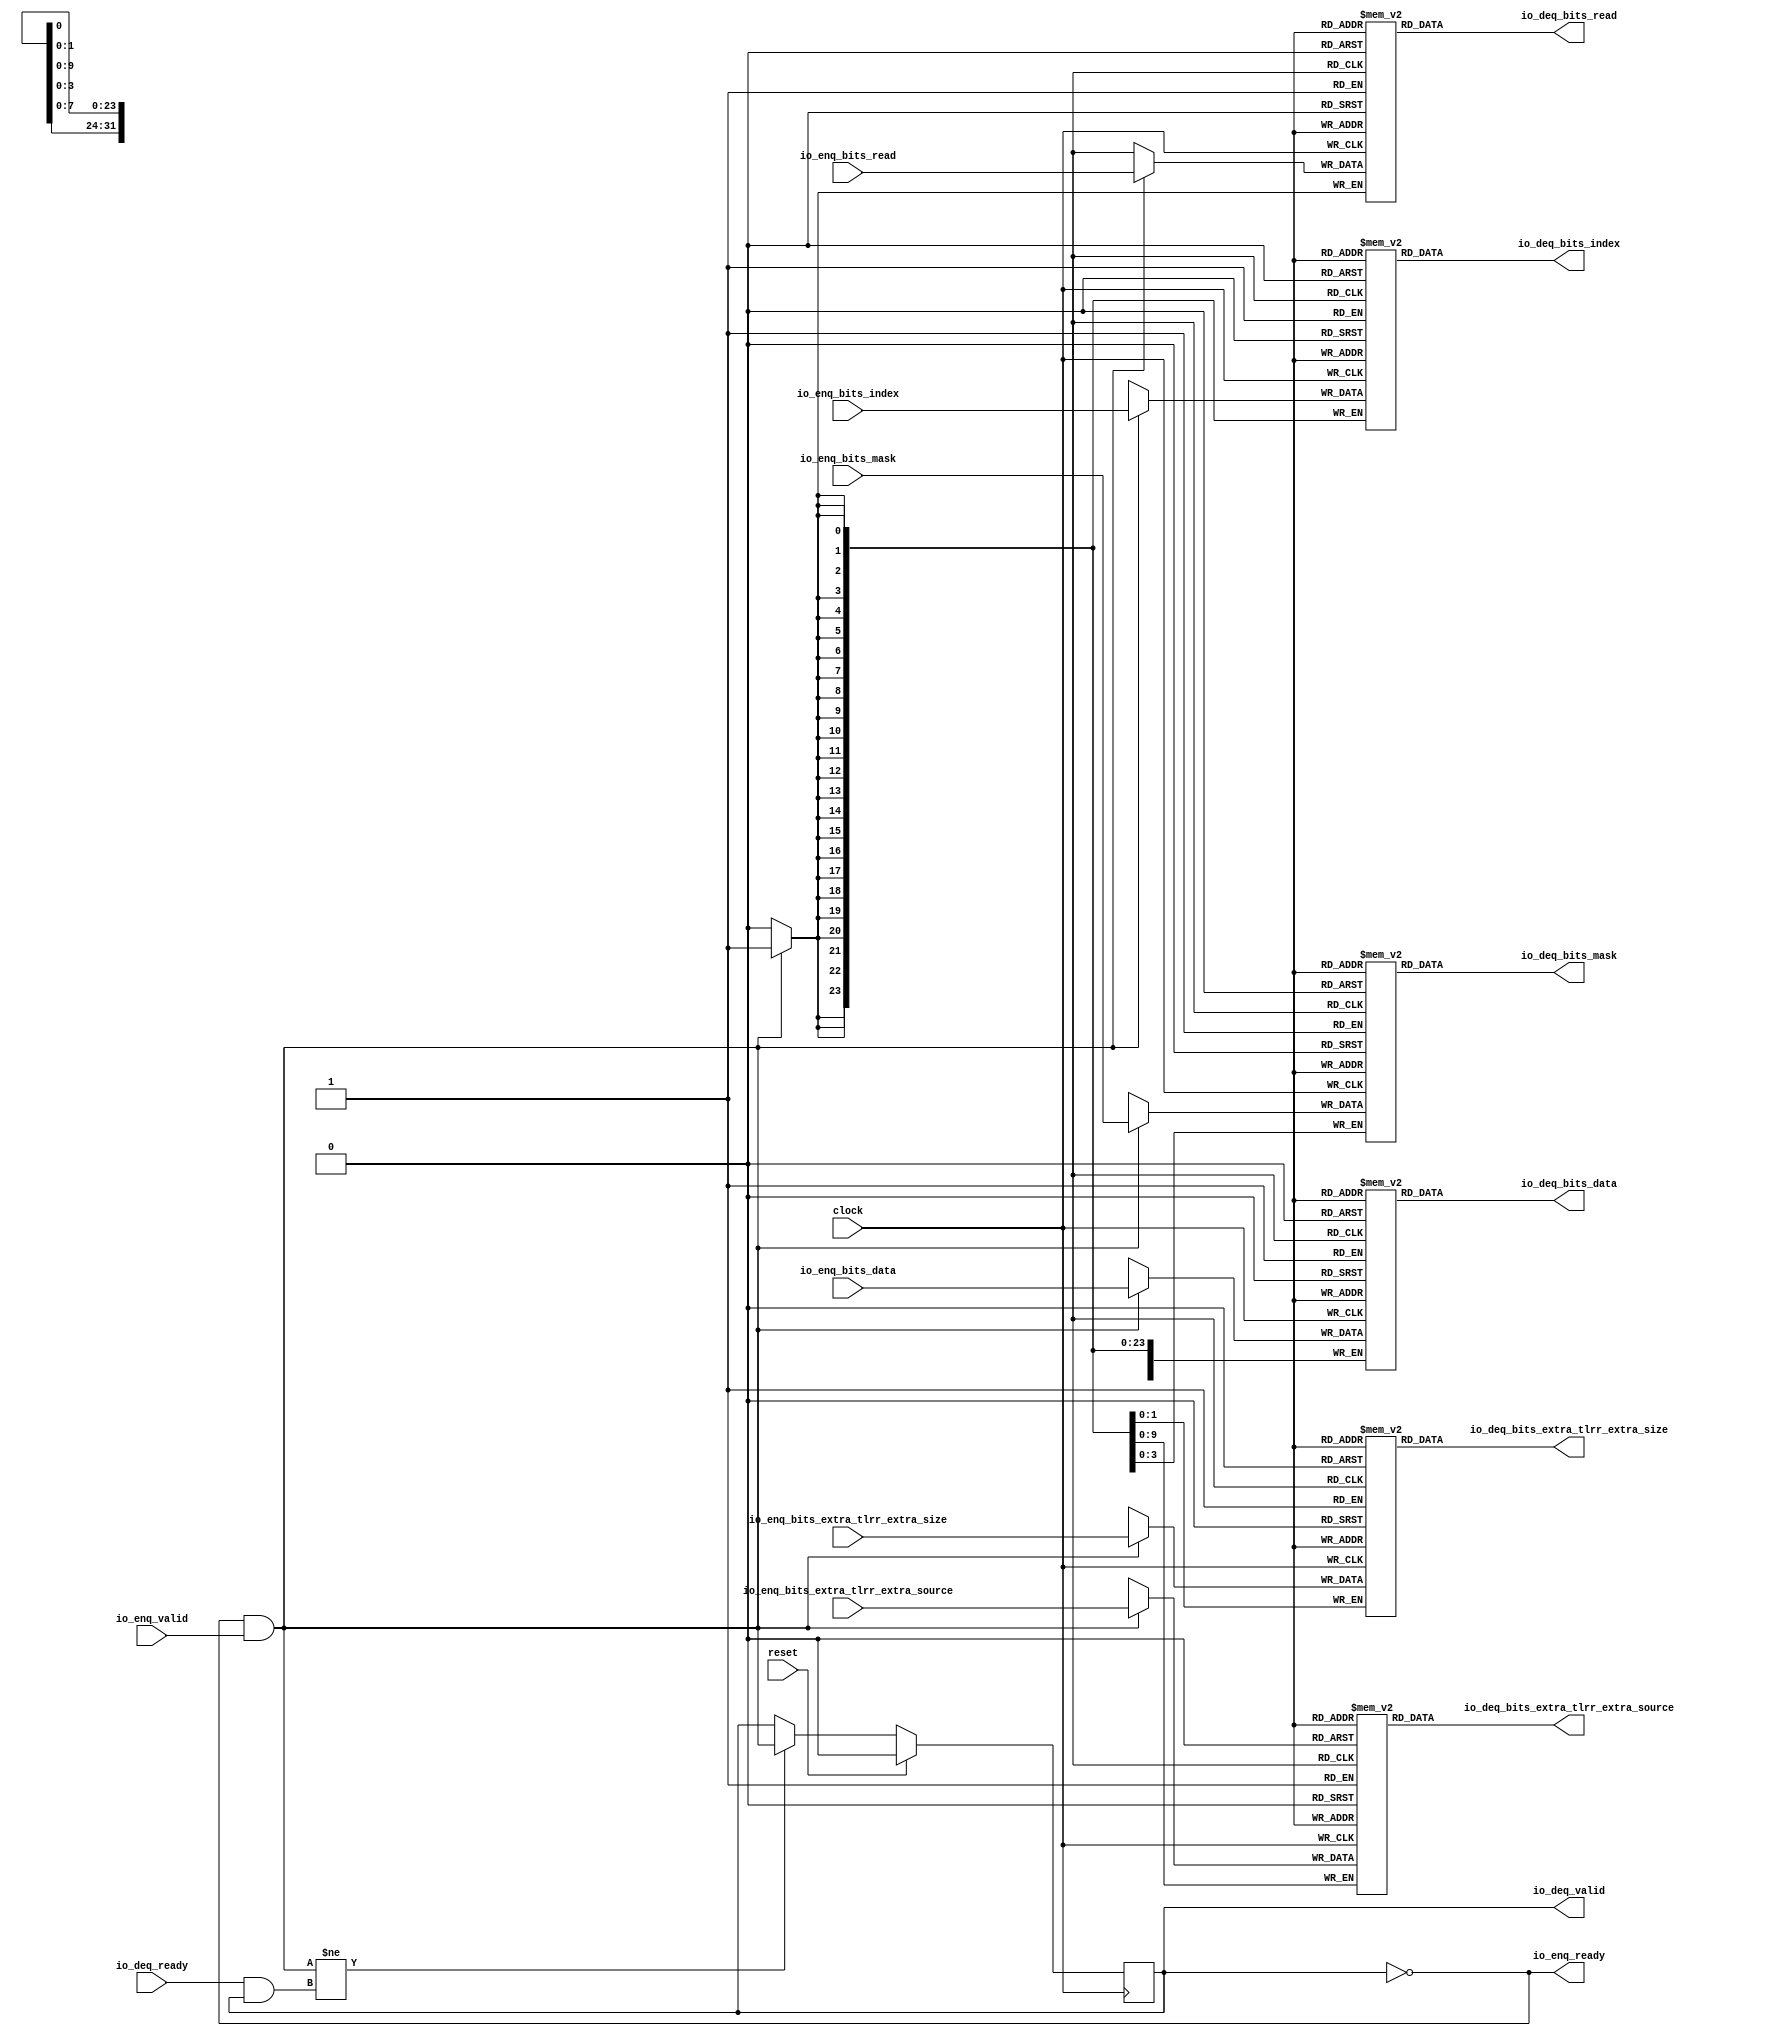
module Queue_32( // @[:freechips.rocketchip.system.DefaultRV32Config.fir@90410.2]
  input         clock, // @[:freechips.rocketchip.system.DefaultRV32Config.fir@90411.4]
  input         reset, // @[:freechips.rocketchip.system.DefaultRV32Config.fir@90412.4]
  output        io_enq_ready, // @[:freechips.rocketchip.system.DefaultRV32Config.fir@90413.4]
  input         io_enq_valid, // @[:freechips.rocketchip.system.DefaultRV32Config.fir@90413.4]
  input         io_enq_bits_read, // @[:freechips.rocketchip.system.DefaultRV32Config.fir@90413.4]
  input  [23:0] io_enq_bits_index, // @[:freechips.rocketchip.system.DefaultRV32Config.fir@90413.4]
  input  [31:0] io_enq_bits_data, // @[:freechips.rocketchip.system.DefaultRV32Config.fir@90413.4]
  input  [3:0]  io_enq_bits_mask, // @[:freechips.rocketchip.system.DefaultRV32Config.fir@90413.4]
  input  [9:0]  io_enq_bits_extra_tlrr_extra_source, // @[:freechips.rocketchip.system.DefaultRV32Config.fir@90413.4]
  input  [1:0]  io_enq_bits_extra_tlrr_extra_size, // @[:freechips.rocketchip.system.DefaultRV32Config.fir@90413.4]
  input         io_deq_ready, // @[:freechips.rocketchip.system.DefaultRV32Config.fir@90413.4]
  output        io_deq_valid, // @[:freechips.rocketchip.system.DefaultRV32Config.fir@90413.4]
  output        io_deq_bits_read, // @[:freechips.rocketchip.system.DefaultRV32Config.fir@90413.4]
  output [23:0] io_deq_bits_index, // @[:freechips.rocketchip.system.DefaultRV32Config.fir@90413.4]
  output [31:0] io_deq_bits_data, // @[:freechips.rocketchip.system.DefaultRV32Config.fir@90413.4]
  output [3:0]  io_deq_bits_mask, // @[:freechips.rocketchip.system.DefaultRV32Config.fir@90413.4]
  output [9:0]  io_deq_bits_extra_tlrr_extra_source, // @[:freechips.rocketchip.system.DefaultRV32Config.fir@90413.4]
  output [1:0]  io_deq_bits_extra_tlrr_extra_size // @[:freechips.rocketchip.system.DefaultRV32Config.fir@90413.4]
);
`ifdef RANDOMIZE_MEM_INIT
  reg [31:0] _RAND_0;
  reg [31:0] _RAND_1;
  reg [31:0] _RAND_2;
  reg [31:0] _RAND_3;
  reg [31:0] _RAND_4;
  reg [31:0] _RAND_5;
`endif // RANDOMIZE_MEM_INIT
`ifdef RANDOMIZE_REG_INIT
  reg [31:0] _RAND_6;
`endif // RANDOMIZE_REG_INIT
  reg  ram_read [0:0]; // @[Decoupled.scala 209:16:freechips.rocketchip.system.DefaultRV32Config.fir@90415.4]
  wire  ram_read__T_7_data; // @[Decoupled.scala 209:16:freechips.rocketchip.system.DefaultRV32Config.fir@90415.4]
  wire  ram_read__T_7_addr; // @[Decoupled.scala 209:16:freechips.rocketchip.system.DefaultRV32Config.fir@90415.4]
  wire  ram_read__T_3_data; // @[Decoupled.scala 209:16:freechips.rocketchip.system.DefaultRV32Config.fir@90415.4]
  wire  ram_read__T_3_addr; // @[Decoupled.scala 209:16:freechips.rocketchip.system.DefaultRV32Config.fir@90415.4]
  wire  ram_read__T_3_mask; // @[Decoupled.scala 209:16:freechips.rocketchip.system.DefaultRV32Config.fir@90415.4]
  wire  ram_read__T_3_en; // @[Decoupled.scala 209:16:freechips.rocketchip.system.DefaultRV32Config.fir@90415.4]
  reg [23:0] ram_index [0:0]; // @[Decoupled.scala 209:16:freechips.rocketchip.system.DefaultRV32Config.fir@90415.4]
  wire [23:0] ram_index__T_7_data; // @[Decoupled.scala 209:16:freechips.rocketchip.system.DefaultRV32Config.fir@90415.4]
  wire  ram_index__T_7_addr; // @[Decoupled.scala 209:16:freechips.rocketchip.system.DefaultRV32Config.fir@90415.4]
  wire [23:0] ram_index__T_3_data; // @[Decoupled.scala 209:16:freechips.rocketchip.system.DefaultRV32Config.fir@90415.4]
  wire  ram_index__T_3_addr; // @[Decoupled.scala 209:16:freechips.rocketchip.system.DefaultRV32Config.fir@90415.4]
  wire  ram_index__T_3_mask; // @[Decoupled.scala 209:16:freechips.rocketchip.system.DefaultRV32Config.fir@90415.4]
  wire  ram_index__T_3_en; // @[Decoupled.scala 209:16:freechips.rocketchip.system.DefaultRV32Config.fir@90415.4]
  reg [31:0] ram_data [0:0]; // @[Decoupled.scala 209:16:freechips.rocketchip.system.DefaultRV32Config.fir@90415.4]
  wire [31:0] ram_data__T_7_data; // @[Decoupled.scala 209:16:freechips.rocketchip.system.DefaultRV32Config.fir@90415.4]
  wire  ram_data__T_7_addr; // @[Decoupled.scala 209:16:freechips.rocketchip.system.DefaultRV32Config.fir@90415.4]
  wire [31:0] ram_data__T_3_data; // @[Decoupled.scala 209:16:freechips.rocketchip.system.DefaultRV32Config.fir@90415.4]
  wire  ram_data__T_3_addr; // @[Decoupled.scala 209:16:freechips.rocketchip.system.DefaultRV32Config.fir@90415.4]
  wire  ram_data__T_3_mask; // @[Decoupled.scala 209:16:freechips.rocketchip.system.DefaultRV32Config.fir@90415.4]
  wire  ram_data__T_3_en; // @[Decoupled.scala 209:16:freechips.rocketchip.system.DefaultRV32Config.fir@90415.4]
  reg [3:0] ram_mask [0:0]; // @[Decoupled.scala 209:16:freechips.rocketchip.system.DefaultRV32Config.fir@90415.4]
  wire [3:0] ram_mask__T_7_data; // @[Decoupled.scala 209:16:freechips.rocketchip.system.DefaultRV32Config.fir@90415.4]
  wire  ram_mask__T_7_addr; // @[Decoupled.scala 209:16:freechips.rocketchip.system.DefaultRV32Config.fir@90415.4]
  wire [3:0] ram_mask__T_3_data; // @[Decoupled.scala 209:16:freechips.rocketchip.system.DefaultRV32Config.fir@90415.4]
  wire  ram_mask__T_3_addr; // @[Decoupled.scala 209:16:freechips.rocketchip.system.DefaultRV32Config.fir@90415.4]
  wire  ram_mask__T_3_mask; // @[Decoupled.scala 209:16:freechips.rocketchip.system.DefaultRV32Config.fir@90415.4]
  wire  ram_mask__T_3_en; // @[Decoupled.scala 209:16:freechips.rocketchip.system.DefaultRV32Config.fir@90415.4]
  reg [9:0] ram_extra_tlrr_extra_source [0:0]; // @[Decoupled.scala 209:16:freechips.rocketchip.system.DefaultRV32Config.fir@90415.4]
  wire [9:0] ram_extra_tlrr_extra_source__T_7_data; // @[Decoupled.scala 209:16:freechips.rocketchip.system.DefaultRV32Config.fir@90415.4]
  wire  ram_extra_tlrr_extra_source__T_7_addr; // @[Decoupled.scala 209:16:freechips.rocketchip.system.DefaultRV32Config.fir@90415.4]
  wire [9:0] ram_extra_tlrr_extra_source__T_3_data; // @[Decoupled.scala 209:16:freechips.rocketchip.system.DefaultRV32Config.fir@90415.4]
  wire  ram_extra_tlrr_extra_source__T_3_addr; // @[Decoupled.scala 209:16:freechips.rocketchip.system.DefaultRV32Config.fir@90415.4]
  wire  ram_extra_tlrr_extra_source__T_3_mask; // @[Decoupled.scala 209:16:freechips.rocketchip.system.DefaultRV32Config.fir@90415.4]
  wire  ram_extra_tlrr_extra_source__T_3_en; // @[Decoupled.scala 209:16:freechips.rocketchip.system.DefaultRV32Config.fir@90415.4]
  reg [1:0] ram_extra_tlrr_extra_size [0:0]; // @[Decoupled.scala 209:16:freechips.rocketchip.system.DefaultRV32Config.fir@90415.4]
  wire [1:0] ram_extra_tlrr_extra_size__T_7_data; // @[Decoupled.scala 209:16:freechips.rocketchip.system.DefaultRV32Config.fir@90415.4]
  wire  ram_extra_tlrr_extra_size__T_7_addr; // @[Decoupled.scala 209:16:freechips.rocketchip.system.DefaultRV32Config.fir@90415.4]
  wire [1:0] ram_extra_tlrr_extra_size__T_3_data; // @[Decoupled.scala 209:16:freechips.rocketchip.system.DefaultRV32Config.fir@90415.4]
  wire  ram_extra_tlrr_extra_size__T_3_addr; // @[Decoupled.scala 209:16:freechips.rocketchip.system.DefaultRV32Config.fir@90415.4]
  wire  ram_extra_tlrr_extra_size__T_3_mask; // @[Decoupled.scala 209:16:freechips.rocketchip.system.DefaultRV32Config.fir@90415.4]
  wire  ram_extra_tlrr_extra_size__T_3_en; // @[Decoupled.scala 209:16:freechips.rocketchip.system.DefaultRV32Config.fir@90415.4]
  reg  maybe_full; // @[Decoupled.scala 212:27:freechips.rocketchip.system.DefaultRV32Config.fir@90416.4]
  wire  empty; // @[Decoupled.scala 215:28:freechips.rocketchip.system.DefaultRV32Config.fir@90418.4]
  wire  do_enq; // @[Decoupled.scala 40:37:freechips.rocketchip.system.DefaultRV32Config.fir@90421.4]
  wire  do_deq; // @[Decoupled.scala 40:37:freechips.rocketchip.system.DefaultRV32Config.fir@90424.4]
  wire  _T_4; // @[Decoupled.scala 227:16:freechips.rocketchip.system.DefaultRV32Config.fir@90438.4]
  assign ram_read__T_7_addr = 1'h0;
  assign ram_read__T_7_data = ram_read[ram_read__T_7_addr]; // @[Decoupled.scala 209:16:freechips.rocketchip.system.DefaultRV32Config.fir@90415.4]
  assign ram_read__T_3_data = io_enq_bits_read;
  assign ram_read__T_3_addr = 1'h0;
  assign ram_read__T_3_mask = 1'h1;
  assign ram_read__T_3_en = io_enq_ready & io_enq_valid;
  assign ram_index__T_7_addr = 1'h0;
  assign ram_index__T_7_data = ram_index[ram_index__T_7_addr]; // @[Decoupled.scala 209:16:freechips.rocketchip.system.DefaultRV32Config.fir@90415.4]
  assign ram_index__T_3_data = io_enq_bits_index;
  assign ram_index__T_3_addr = 1'h0;
  assign ram_index__T_3_mask = 1'h1;
  assign ram_index__T_3_en = io_enq_ready & io_enq_valid;
  assign ram_data__T_7_addr = 1'h0;
  assign ram_data__T_7_data = ram_data[ram_data__T_7_addr]; // @[Decoupled.scala 209:16:freechips.rocketchip.system.DefaultRV32Config.fir@90415.4]
  assign ram_data__T_3_data = io_enq_bits_data;
  assign ram_data__T_3_addr = 1'h0;
  assign ram_data__T_3_mask = 1'h1;
  assign ram_data__T_3_en = io_enq_ready & io_enq_valid;
  assign ram_mask__T_7_addr = 1'h0;
  assign ram_mask__T_7_data = ram_mask[ram_mask__T_7_addr]; // @[Decoupled.scala 209:16:freechips.rocketchip.system.DefaultRV32Config.fir@90415.4]
  assign ram_mask__T_3_data = io_enq_bits_mask;
  assign ram_mask__T_3_addr = 1'h0;
  assign ram_mask__T_3_mask = 1'h1;
  assign ram_mask__T_3_en = io_enq_ready & io_enq_valid;
  assign ram_extra_tlrr_extra_source__T_7_addr = 1'h0;
  assign ram_extra_tlrr_extra_source__T_7_data = ram_extra_tlrr_extra_source[ram_extra_tlrr_extra_source__T_7_addr]; // @[Decoupled.scala 209:16:freechips.rocketchip.system.DefaultRV32Config.fir@90415.4]
  assign ram_extra_tlrr_extra_source__T_3_data = io_enq_bits_extra_tlrr_extra_source;
  assign ram_extra_tlrr_extra_source__T_3_addr = 1'h0;
  assign ram_extra_tlrr_extra_source__T_3_mask = 1'h1;
  assign ram_extra_tlrr_extra_source__T_3_en = io_enq_ready & io_enq_valid;
  assign ram_extra_tlrr_extra_size__T_7_addr = 1'h0;
  assign ram_extra_tlrr_extra_size__T_7_data = ram_extra_tlrr_extra_size[ram_extra_tlrr_extra_size__T_7_addr]; // @[Decoupled.scala 209:16:freechips.rocketchip.system.DefaultRV32Config.fir@90415.4]
  assign ram_extra_tlrr_extra_size__T_3_data = io_enq_bits_extra_tlrr_extra_size;
  assign ram_extra_tlrr_extra_size__T_3_addr = 1'h0;
  assign ram_extra_tlrr_extra_size__T_3_mask = 1'h1;
  assign ram_extra_tlrr_extra_size__T_3_en = io_enq_ready & io_enq_valid;
  assign empty = ~maybe_full; // @[Decoupled.scala 215:28:freechips.rocketchip.system.DefaultRV32Config.fir@90418.4]
  assign do_enq = io_enq_ready & io_enq_valid; // @[Decoupled.scala 40:37:freechips.rocketchip.system.DefaultRV32Config.fir@90421.4]
  assign do_deq = io_deq_ready & io_deq_valid; // @[Decoupled.scala 40:37:freechips.rocketchip.system.DefaultRV32Config.fir@90424.4]
  assign _T_4 = do_enq != do_deq; // @[Decoupled.scala 227:16:freechips.rocketchip.system.DefaultRV32Config.fir@90438.4]
  assign io_enq_ready = ~maybe_full; // @[Decoupled.scala 232:16:freechips.rocketchip.system.DefaultRV32Config.fir@90445.4]
  assign io_deq_valid = ~empty; // @[Decoupled.scala 231:16:freechips.rocketchip.system.DefaultRV32Config.fir@90443.4]
  assign io_deq_bits_read = ram_read__T_7_data; // @[Decoupled.scala 233:15:freechips.rocketchip.system.DefaultRV32Config.fir@90452.4]
  assign io_deq_bits_index = ram_index__T_7_data; // @[Decoupled.scala 233:15:freechips.rocketchip.system.DefaultRV32Config.fir@90451.4]
  assign io_deq_bits_data = ram_data__T_7_data; // @[Decoupled.scala 233:15:freechips.rocketchip.system.DefaultRV32Config.fir@90450.4]
  assign io_deq_bits_mask = ram_mask__T_7_data; // @[Decoupled.scala 233:15:freechips.rocketchip.system.DefaultRV32Config.fir@90449.4]
  assign io_deq_bits_extra_tlrr_extra_source = ram_extra_tlrr_extra_source__T_7_data; // @[Decoupled.scala 233:15:freechips.rocketchip.system.DefaultRV32Config.fir@90448.4]
  assign io_deq_bits_extra_tlrr_extra_size = ram_extra_tlrr_extra_size__T_7_data; // @[Decoupled.scala 233:15:freechips.rocketchip.system.DefaultRV32Config.fir@90447.4]
`ifdef RANDOMIZE_GARBAGE_ASSIGN
`define RANDOMIZE
`endif
`ifdef RANDOMIZE_INVALID_ASSIGN
`define RANDOMIZE
`endif
`ifdef RANDOMIZE_REG_INIT
`define RANDOMIZE
`endif
`ifdef RANDOMIZE_MEM_INIT
`define RANDOMIZE
`endif
`ifndef RANDOM
`define RANDOM $random
`endif
`ifdef RANDOMIZE_MEM_INIT
  integer initvar;
`endif
`ifndef SYNTHESIS
`ifdef FIRRTL_BEFORE_INITIAL
`FIRRTL_BEFORE_INITIAL
`endif
initial begin
  `ifdef RANDOMIZE
    `ifdef INIT_RANDOM
      `INIT_RANDOM
    `endif
    `ifndef VERILATOR
      `ifdef RANDOMIZE_DELAY
        #`RANDOMIZE_DELAY begin end
      `else
        #0.002 begin end
      `endif
    `endif
`ifdef RANDOMIZE_MEM_INIT
  _RAND_0 = {1{`RANDOM}};
  for (initvar = 0; initvar < 1; initvar = initvar+1)
    ram_read[initvar] = _RAND_0[0:0];
  _RAND_1 = {1{`RANDOM}};
  for (initvar = 0; initvar < 1; initvar = initvar+1)
    ram_index[initvar] = _RAND_1[23:0];
  _RAND_2 = {1{`RANDOM}};
  for (initvar = 0; initvar < 1; initvar = initvar+1)
    ram_data[initvar] = _RAND_2[31:0];
  _RAND_3 = {1{`RANDOM}};
  for (initvar = 0; initvar < 1; initvar = initvar+1)
    ram_mask[initvar] = _RAND_3[3:0];
  _RAND_4 = {1{`RANDOM}};
  for (initvar = 0; initvar < 1; initvar = initvar+1)
    ram_extra_tlrr_extra_source[initvar] = _RAND_4[9:0];
  _RAND_5 = {1{`RANDOM}};
  for (initvar = 0; initvar < 1; initvar = initvar+1)
    ram_extra_tlrr_extra_size[initvar] = _RAND_5[1:0];
`endif // RANDOMIZE_MEM_INIT
`ifdef RANDOMIZE_REG_INIT
  _RAND_6 = {1{`RANDOM}};
  maybe_full = _RAND_6[0:0];
`endif // RANDOMIZE_REG_INIT
  `endif // RANDOMIZE
end // initial
`ifdef FIRRTL_AFTER_INITIAL
`FIRRTL_AFTER_INITIAL
`endif
`endif // SYNTHESIS
  always @(posedge clock) begin
    if(ram_read__T_3_en & ram_read__T_3_mask) begin
      ram_read[ram_read__T_3_addr] <= ram_read__T_3_data; // @[Decoupled.scala 209:16:freechips.rocketchip.system.DefaultRV32Config.fir@90415.4]
    end
    if(ram_index__T_3_en & ram_index__T_3_mask) begin
      ram_index[ram_index__T_3_addr] <= ram_index__T_3_data; // @[Decoupled.scala 209:16:freechips.rocketchip.system.DefaultRV32Config.fir@90415.4]
    end
    if(ram_data__T_3_en & ram_data__T_3_mask) begin
      ram_data[ram_data__T_3_addr] <= ram_data__T_3_data; // @[Decoupled.scala 209:16:freechips.rocketchip.system.DefaultRV32Config.fir@90415.4]
    end
    if(ram_mask__T_3_en & ram_mask__T_3_mask) begin
      ram_mask[ram_mask__T_3_addr] <= ram_mask__T_3_data; // @[Decoupled.scala 209:16:freechips.rocketchip.system.DefaultRV32Config.fir@90415.4]
    end
    if(ram_extra_tlrr_extra_source__T_3_en & ram_extra_tlrr_extra_source__T_3_mask) begin
      ram_extra_tlrr_extra_source[ram_extra_tlrr_extra_source__T_3_addr] <= ram_extra_tlrr_extra_source__T_3_data; // @[Decoupled.scala 209:16:freechips.rocketchip.system.DefaultRV32Config.fir@90415.4]
    end
    if(ram_extra_tlrr_extra_size__T_3_en & ram_extra_tlrr_extra_size__T_3_mask) begin
      ram_extra_tlrr_extra_size[ram_extra_tlrr_extra_size__T_3_addr] <= ram_extra_tlrr_extra_size__T_3_data; // @[Decoupled.scala 209:16:freechips.rocketchip.system.DefaultRV32Config.fir@90415.4]
    end
    if (reset) begin
      maybe_full <= 1'h0;
    end else if (_T_4) begin
      maybe_full <= do_enq;
    end
  end
endmodule